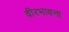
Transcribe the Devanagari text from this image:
वीरभावना